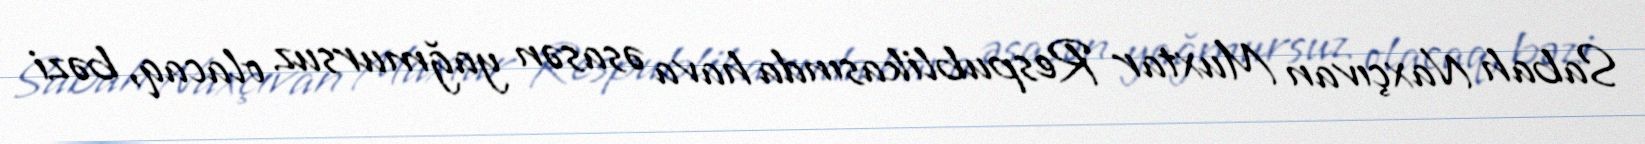
Sabah Naxçıvan Muxtar Respublikasında hava əsasən yağmursuz olacaq, bəzi